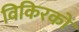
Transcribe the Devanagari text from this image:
विकिरकों